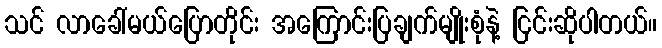
သင် လာခေါ်မယ်ပြောတိုင်း အကြောင်းပြချက်မျိုးစုံနဲ့ ငြင်းဆိုပါတယ်။